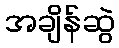
အချိန်ဆွဲ